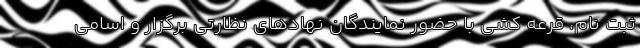
ثبت نام، قرعه کشی با حضور نمایندگان نهادهای نظارتی برگزار و اسامی